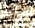
الخد